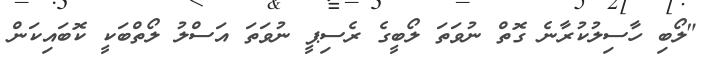
"ލޯބި ހާސިލުކުރާނެ ގޮތް ނުވަތަ ލޯބީގެ ރެސިޕީ ނުވަތަ އަސްލު ލޯތްބަކީ ކޮބައިކަން